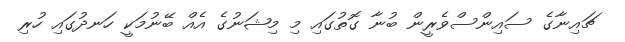
ޗައިނާގެ ސައިންސްވެރީން ބުނާ ގޮތުގައި މި މިޝަނުގެ އެއް ބޭނުމަކީ ހަނދުގައި ހުރި